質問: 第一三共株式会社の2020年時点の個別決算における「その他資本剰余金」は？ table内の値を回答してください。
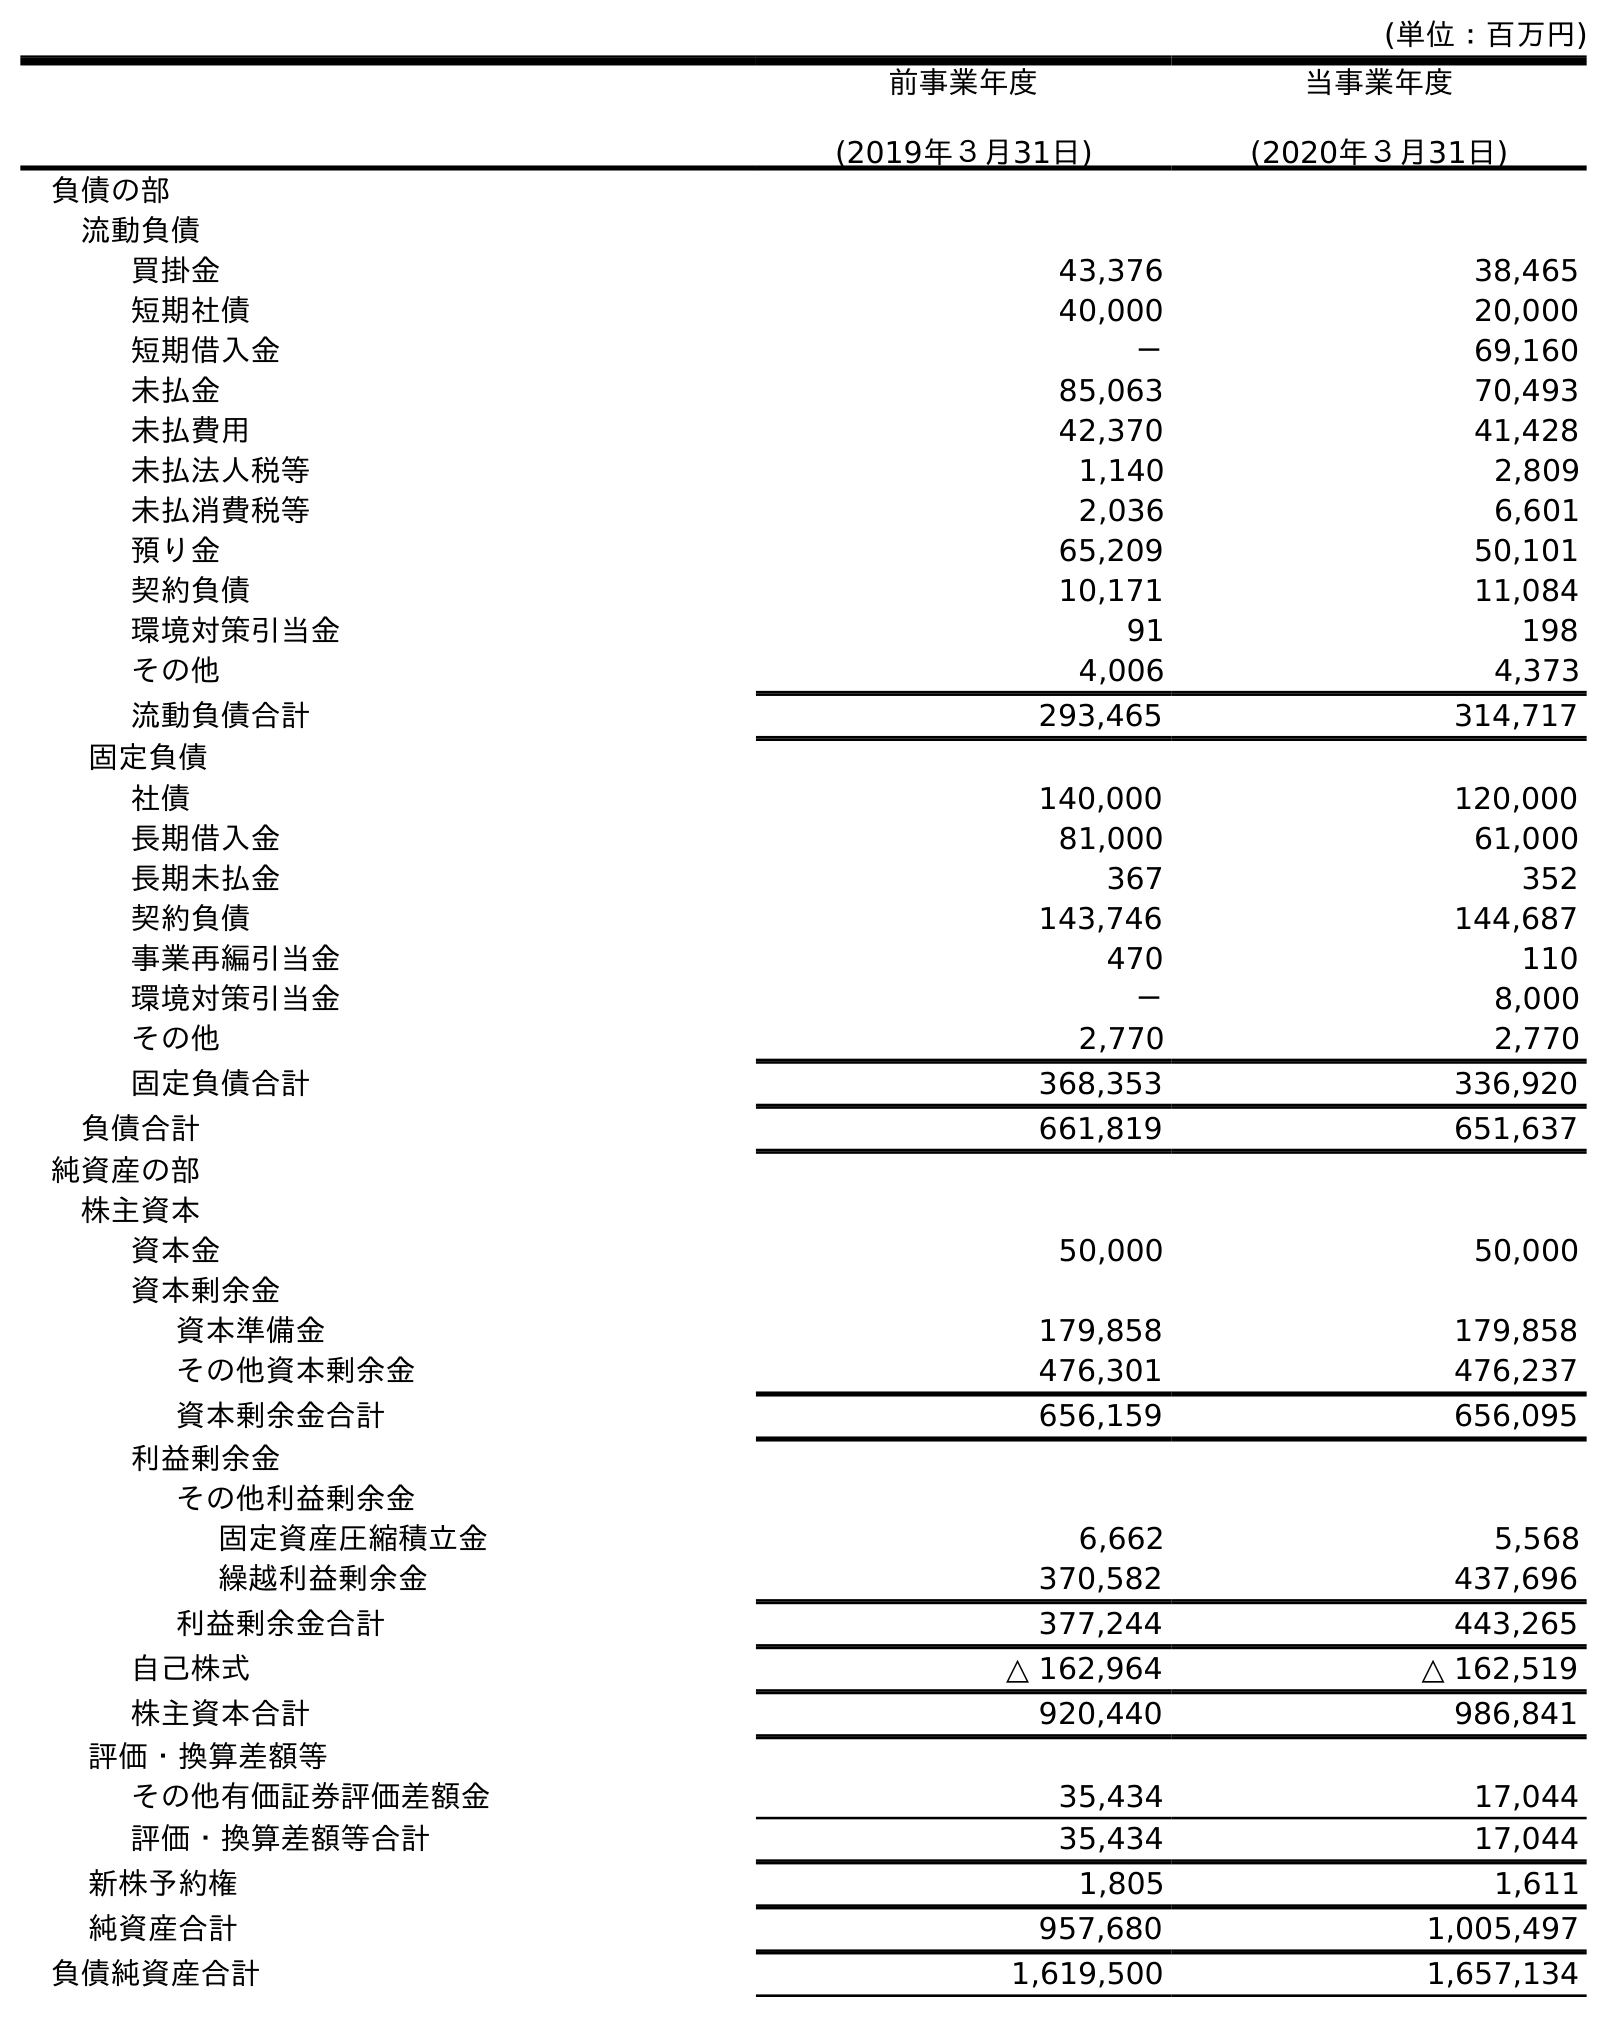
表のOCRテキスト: (単位：百万円) 前事業年度 (2019年３月31日) 当事業年度 (2020年３月31日) 負債の部 流動負債 買掛金 43,376 38,465 短期社債 40,000 20,000 短期借入金 － 69,160 未払金 85,063 70,493 未払費用 42,370 41,428 未払法人税等 1,140 2,809 未払消費税等 2,036 6,601 預り金 65,209 50,101 契約負債 10,171 11,084 環境対策引当金 91 198 その他 4,006 4,373 流動負債合計 293,465 314,717 固定負債 社債 140,000 120,000 長期借入金 81,000 61,000 長期未払金 367 352 契約負債 143,746 144,687 事業再編引当金 470 110 環境対策引当金 － 8,000 その他 2,770 2,770 固定負債合計 368,353 336,920 負債合計 661,819 651,637 純資産の部 株主資本 資本金 50,000 50,000 資本剰余金 資本準備金 179,858 179,858 その他資本剰余金 476,301 476,237 資本剰余金合計 656,159 656,095 利益剰余金 その他利益剰余金 固定資産圧縮積立金 6,662 5,568 繰越利益剰余金 370,582 437,696 利益剰余金合計 377,244 443,265 自己株式 △ 162,964 △ 162,519 株主資本合計 920,440 986,841 評価・換算差額等 その他有価証券評価差額金 35,434 17,044 評価・換算差額等合計 35,434 17,044 新株予約権 1,805 1,611 純資産合計 957,680 1,005,497 負債純資産合計 1,619,500 1,657,134
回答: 476,237